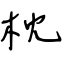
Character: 枕